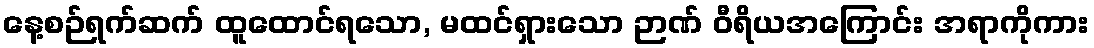
နေ့စဉ်ရက်ဆက် ထူထောင်ရသော, မထင်ရှားသော ဉာဏ် ဝီရိယအကြောင်း အရာကိုကား